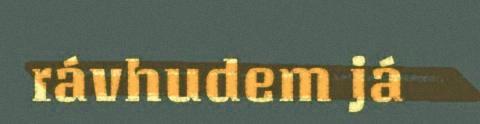
rávhudem já